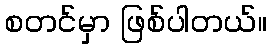
စတင်မှာ ဖြစ်ပါတယ်။